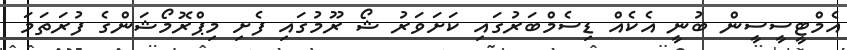
އެމްޓީސީސީން ބުނީ އެކެއް ޑިސެމްބަރުގައި ކަށަވަރު ޝޯ ރޫމުގައި ފެށި މިޕްރޮމޯޝަންގެ ފުރަތަމަ